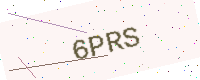
Text: 6PRS